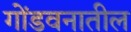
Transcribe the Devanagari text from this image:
गोंडवनातील